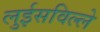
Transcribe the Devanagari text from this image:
लुईसविल्ले